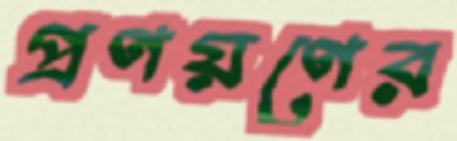
প্রণয়ণের